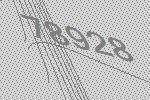
78928